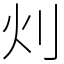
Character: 灲